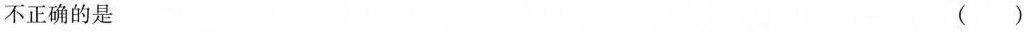
不正确的是 ()